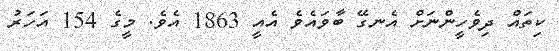
ކިތައް ދިވެހީންނަށް އެނގޭ ބާވައެވެ އެއީ 1863 އެވެ. މީގެ 154 އަހަރު